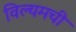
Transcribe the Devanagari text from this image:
विल्यमची